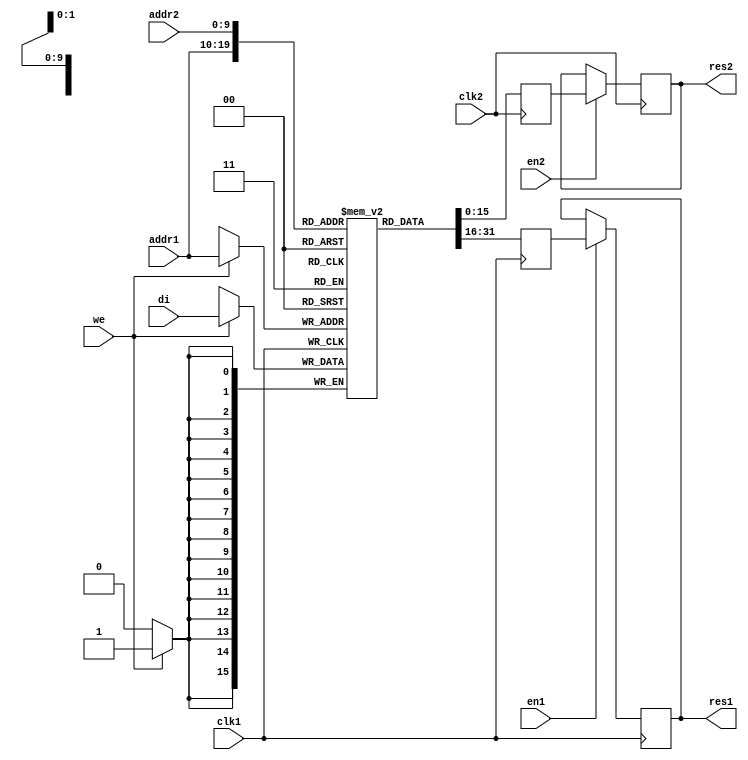
module ram_pipeline (clk1, clk2, we, en1, en2, addr1, addr2, di, res1, res2);
input clk1;
input clk2;
input we, en1, en2;
input [9:0] addr1;
input [9:0] addr2;
input [15:0] di;
output [15:0] res1;
output [15:0] res2;

reg [15:0] res1;
reg [15:0] res2;
reg [15:0] RAM [1023:0];
reg [15:0] do1;
reg [15:0] do2;

always @(posedge clk1)
begin
	if (we == 1'b1)
		RAM[addr1] <= di;
		do1 <= RAM[addr1];
end

always @(posedge clk2)
begin
	do2 <= RAM[addr2];
end

always @(posedge clk1)
begin
	if (en1 == 1'b1)
	res1 <= do1;
end

always @(posedge clk2)
begin
	if (en2 == 1'b1)
	res2 <= do2;
end

endmodule